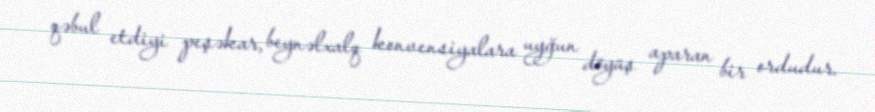
qəbul etdiyi peşəkar, beynəlxalq konvensiyalara uyğun döyüş aparan bir ordudur.